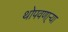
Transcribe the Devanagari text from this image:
थोपवणा्र्‍या